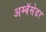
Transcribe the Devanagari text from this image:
अम्बॅसेडर